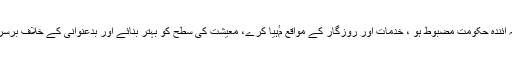
مزید یہ کہ آئندہ حکومت مضبوط ہو ، خدمات اور روزگار کے مواقع مٴْہیّا کرے، معیشت کی سطح کو بہتر بنائے اور بدعنوانی کے خلاف برسر جنگ ہو۔